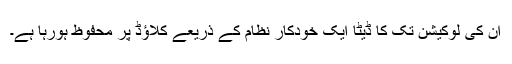
ان کی لوکیشن تک کا ڈیٹا ایک خودکار نظام کے ذریعے کلاؤڈ پر محفوظ ہورہا ہے۔